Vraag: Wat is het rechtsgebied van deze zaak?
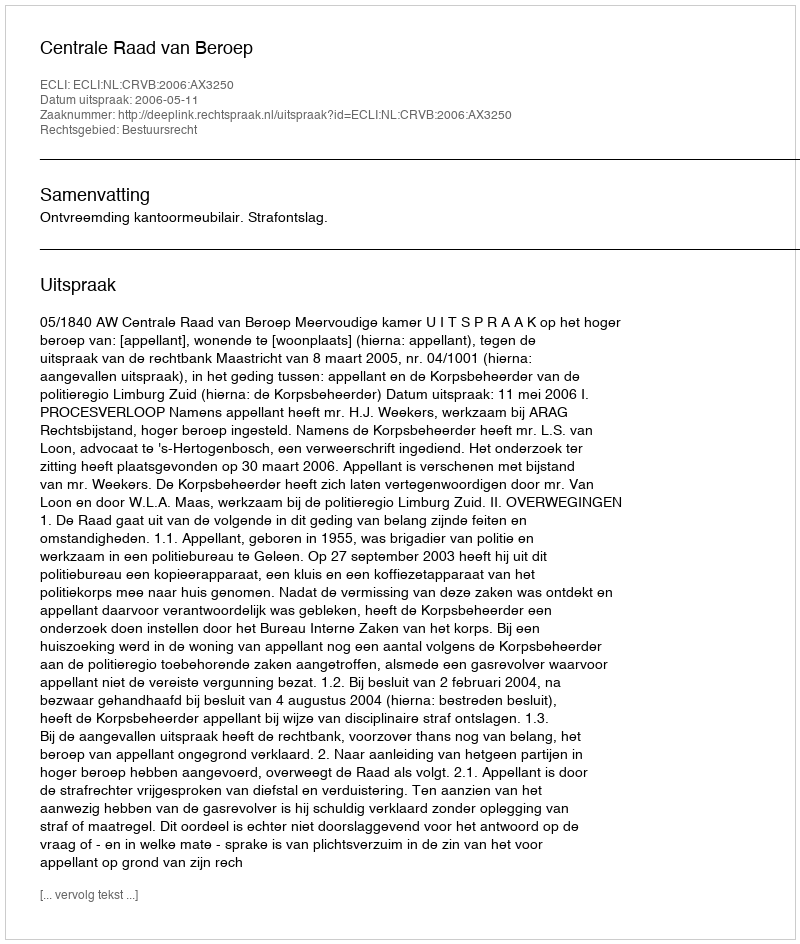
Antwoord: Bestuursrecht